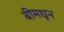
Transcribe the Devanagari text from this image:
बीमधून